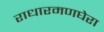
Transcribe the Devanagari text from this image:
राधारमणघेरा